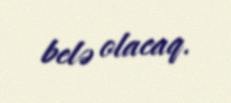
belə olacaq.